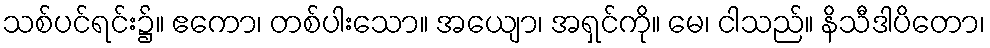
သစ်ပင်ရင်း၌။ ဧကော၊ တစ်ပါးသော။ အယျော၊ အရှင်ကို။ မေ၊ ငါသည်။ နိသီဒါပိတော၊